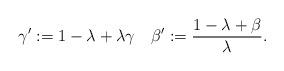
LaTeX: \begin{align*}\gamma':=1 -\lambda +\lambda\gamma\quad\beta':=\frac{1-\lambda+\beta}{\lambda}.\end{align*}